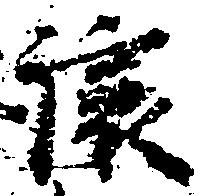
譲